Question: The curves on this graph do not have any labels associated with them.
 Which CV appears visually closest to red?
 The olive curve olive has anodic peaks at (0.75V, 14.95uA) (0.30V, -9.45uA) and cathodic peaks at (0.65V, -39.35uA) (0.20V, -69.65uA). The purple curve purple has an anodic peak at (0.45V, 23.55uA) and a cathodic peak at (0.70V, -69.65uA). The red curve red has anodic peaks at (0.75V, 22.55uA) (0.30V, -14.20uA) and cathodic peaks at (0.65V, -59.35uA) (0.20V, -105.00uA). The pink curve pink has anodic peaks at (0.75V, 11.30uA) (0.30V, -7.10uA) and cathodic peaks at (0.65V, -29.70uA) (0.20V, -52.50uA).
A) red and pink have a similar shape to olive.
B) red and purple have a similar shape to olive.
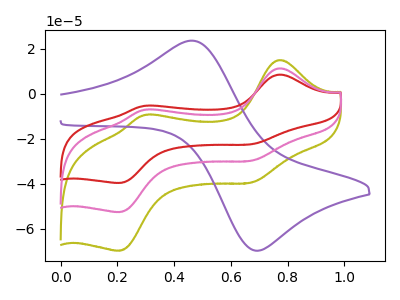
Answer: <think>"olive" and "purple" have a different number of peaks. All the peaks in "olive" have a peak in "red" at the same potential. All the peaks in "olive" have a peak in "pink" at the same potential. "purple" and "red" have a different number of peaks. "purple" and "pink" have a different number of peaks. All the peaks in "red" have a peak in "pink" at the same potential.
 </think>
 <answer>A) "red" and "pink" have a similar shape to "olive".</answer>
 <eval>A</eval>